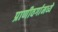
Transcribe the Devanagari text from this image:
प्राणीवर्गामध्ये